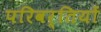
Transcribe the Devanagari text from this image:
परिवर्तियों